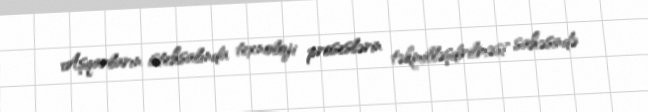
Aşqarların istehsalında texnoloji proseslərin təkmilləşdirilməsi" sahəsində